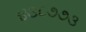
૪૩૮૭૭૩